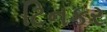
ટિનકર